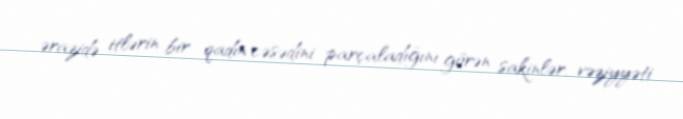
ərazidə itlərin bir qadın cəsədini parçaladığını görən sakinlər, vəziyyəti